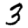
Digit: 3